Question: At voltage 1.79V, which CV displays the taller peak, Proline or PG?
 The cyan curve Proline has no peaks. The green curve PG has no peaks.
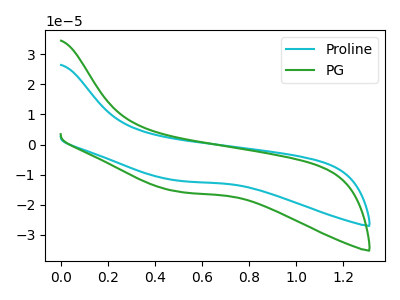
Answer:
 <answer>"Proline" and "PG" dont share a peak at 1.79V.</answer>
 <eval>mismatch</eval>